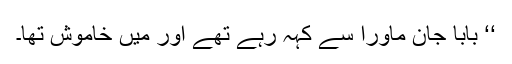
‘‘ بابا جان ماورا سے کہہ رہے تھے اور میں خاموش تھا۔